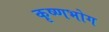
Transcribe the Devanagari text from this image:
कृष्णभोग